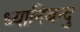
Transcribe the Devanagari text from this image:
ध्यानिबन्दु